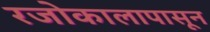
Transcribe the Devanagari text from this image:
रजोकालापासून